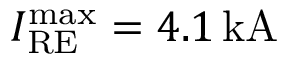
I _ { \mathrm { R E } } ^ { \mathrm { m a x } } = 4 . 1 \, \mathrm { k A }